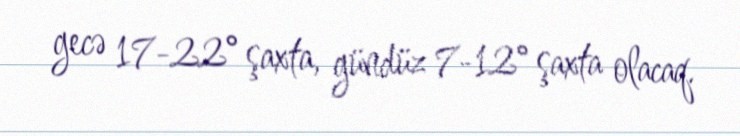
gecə 17-22° şaxta, gündüz 7-12° şaxta olacaq.